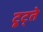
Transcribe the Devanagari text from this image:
टूट्ते